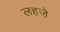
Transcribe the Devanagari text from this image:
लहजे़